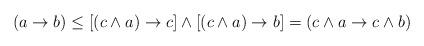
LaTeX: \begin{align*}(a \to b) \leq [(c \wedge a) \to c] \wedge [(c \wedge a) \to b]=(c \wedge a \to c \wedge b)\end{align*}